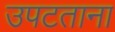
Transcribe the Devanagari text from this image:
उपटताना